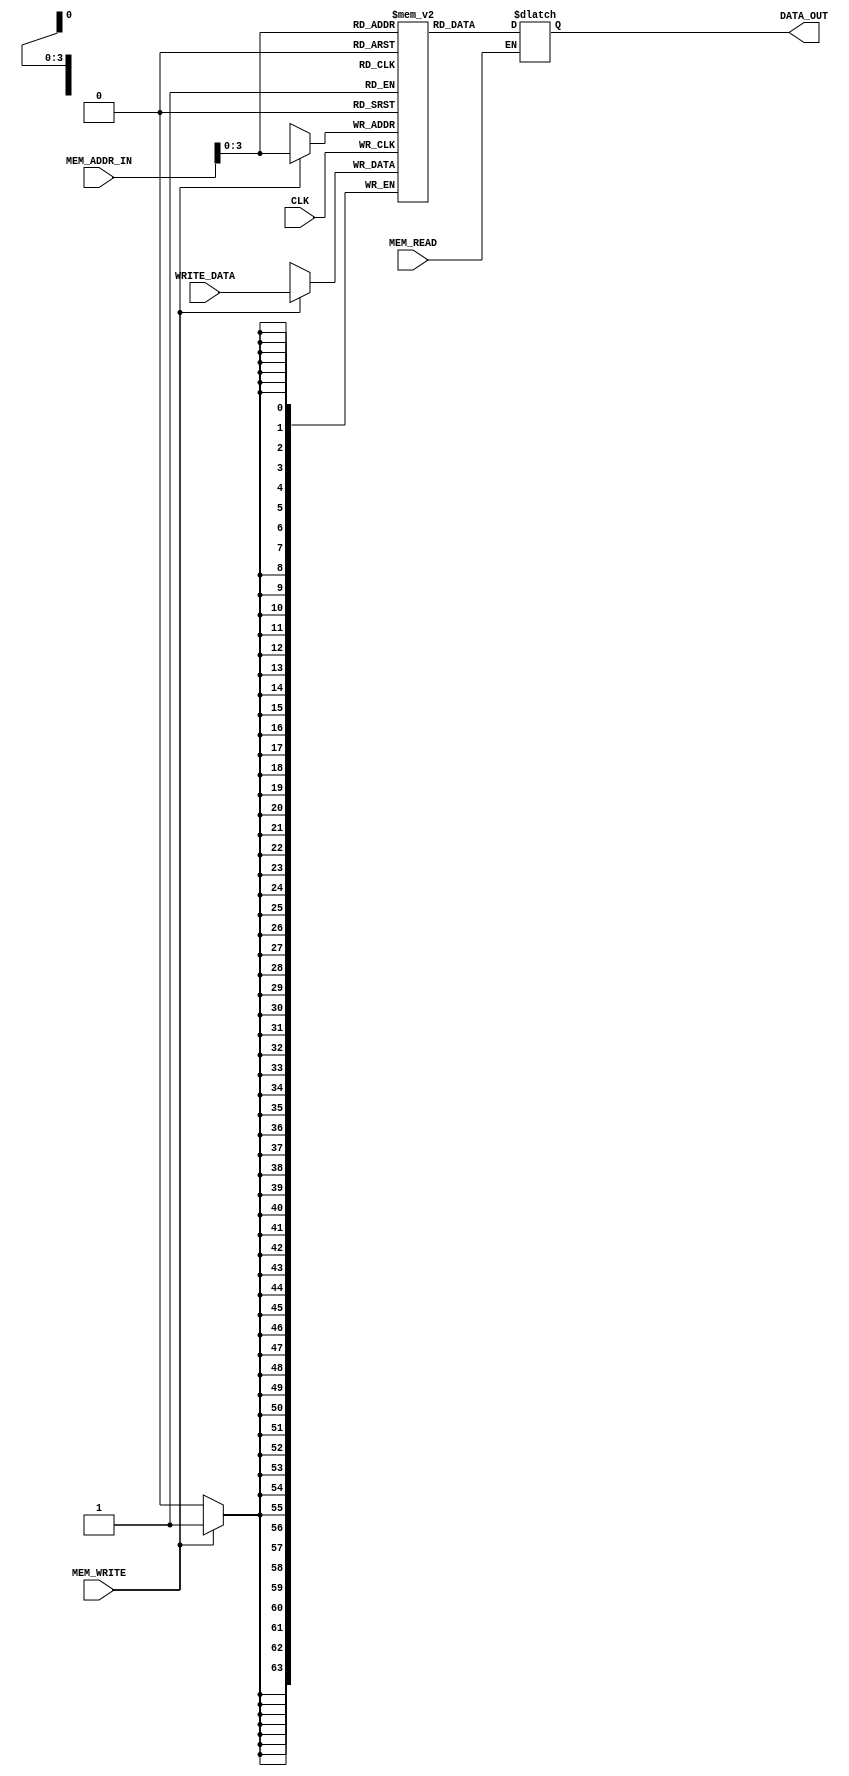
`timescale 1ns / 1ps
/*
    Luke Zambella
    ELC463 Computer Engineering II
    Data memory unit for storing results
*/

module DATA_MEM(
        input CLK,                          // system clock
        input MEM_WRITE,                    // memory write enable
        input MEM_READ,                     // memory read enable
        input [63:0] MEM_ADDR_IN,           // Memory address input
        input [63:0] WRITE_DATA,            // Memory write data
        output reg [63:0] DATA_OUT          // Memory data output (if read enabled)        
    );
    
        reg [63:0] DATA_MEMORY [15:0];    // 2^16 blocks of 64 bit memory (128 KB of data)
        
        // Asyncronous read
        always @ (*) begin
            if (MEM_READ) begin
                DATA_OUT <= DATA_MEMORY[MEM_ADDR_IN];
            end
        end


        // Syncronous write
        always @ (posedge CLK) begin
            if (MEM_WRITE) begin
                DATA_MEMORY[MEM_ADDR_IN] <= WRITE_DATA;
            end
        end
        
        initial begin
            $monitor("Time: %d Data_mem[0]: %h", $time, DATA_MEMORY[0]);
            DATA_MEMORY[0] = 'h0005;
            DATA_MEMORY[1] = 'h0003;           
        end
endmodule